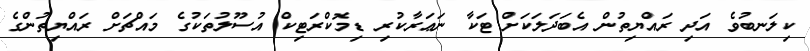
ކިލަނބުވެ އަދި ރައްޔިތުން އެބަދަލަކަށް ޓަކާ ނަޢަރާކުރި ޑިމޮކްރަޓިކް އުސޫލުތަކުގެ މައްޗަށް ރައްޔިތުންގެ